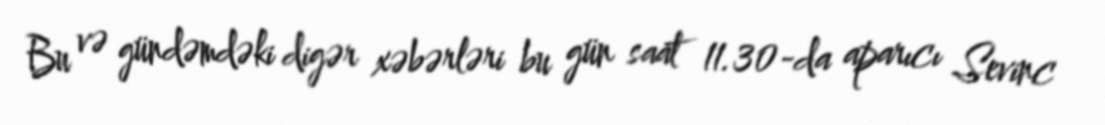
Bu və gündəmdəki digər xəbərləri bu gün saat 11.30-da aparıcı Sevinc